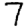
Digit: 7